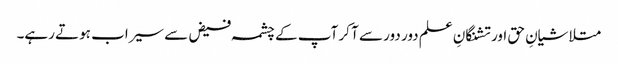
متلاشیانِ حق اور تشنگانِ علم دور دور سے آ کر آپ کے چشمہ فیض سے سیراب ہوتے رہے۔